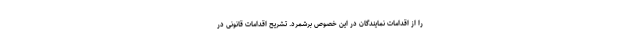
را از اقدامات نمایندگان در این خصوص برشمرد. تشریح اقدامات قانونی در